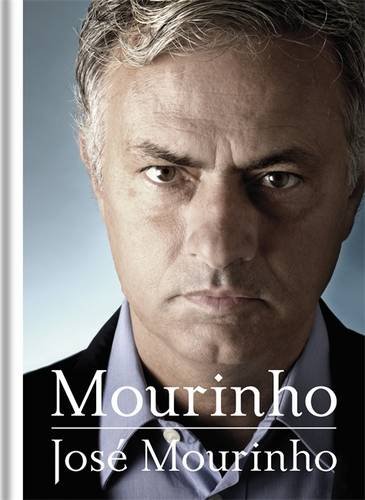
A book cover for Mourinho: The Beautiful Game and Me; Jose Mourinho; Biographies & Memoirs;